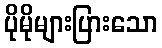
ပိုမိုများပြားသော